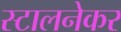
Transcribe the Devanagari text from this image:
स्टालनेकर